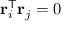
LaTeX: \mathbf { r } _ { i } ^ { \mathsf { T } } \mathbf { r } _ { j } = 0